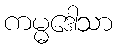
ကမ္မဒေါသာ